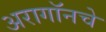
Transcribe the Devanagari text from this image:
अरागॉनचे